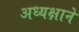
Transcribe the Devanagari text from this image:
अध्यक्षाने